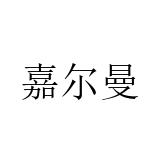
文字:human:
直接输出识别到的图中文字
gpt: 嘉尔曼